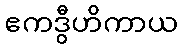
ဧကဒွီဟိကာယ